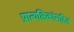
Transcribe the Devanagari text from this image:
प्रात्यक्षिकांसहित